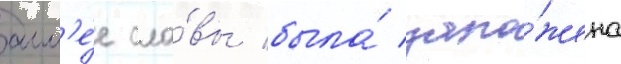
алл'е́е сла́вы была́ зало́жена